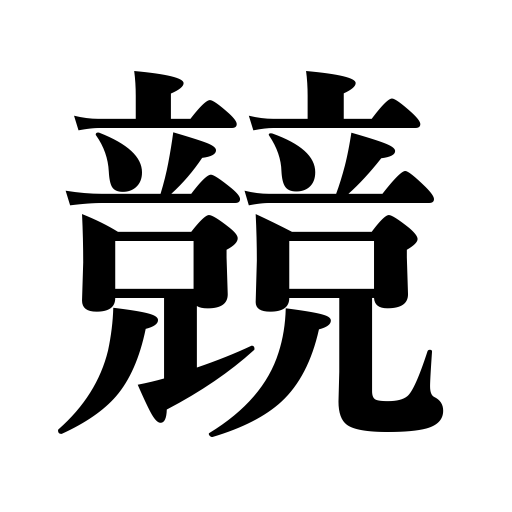
Meanings: vie,bid,compete,emulate,compete with,sell at auction